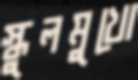
স্কুলমুখো